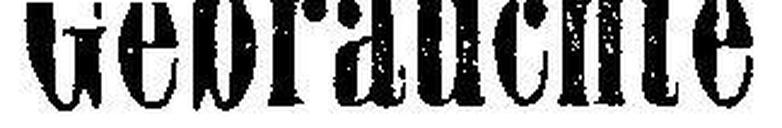
Gebrauchte